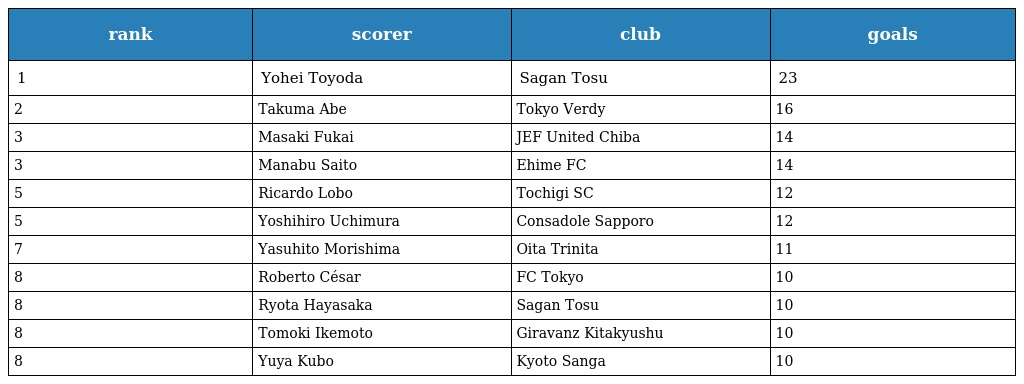
| rank | scorer | club | goals |
 | --- | --- | --- | --- |
 | 1 | Yohei Toyoda | Sagan Tosu | 23 |
 | 2 | Takuma Abe | Tokyo Verdy | 16 |
 | 3 | Masaki Fukai | JEF United Chiba | 14 |
 | 3 | Manabu Saito | Ehime FC | 14 |
 | 5 | Ricardo Lobo | Tochigi SC | 12 |
 | 5 | Yoshihiro Uchimura | Consadole Sapporo | 12 |
 | 7 | Yasuhito Morishima | Oita Trinita | 11 |
 | 8 | Roberto César | FC Tokyo | 10 |
 | 8 | Ryota Hayasaka | Sagan Tosu | 10 |
 | 8 | Tomoki Ikemoto | Giravanz Kitakyushu | 10 |
 | 8 | Yuya Kubo | Kyoto Sanga | 10 |